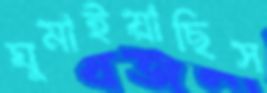
ঘুমাইয়াছিস